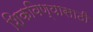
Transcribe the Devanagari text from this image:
शिकविण्यासाठीं